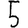
Digit: 5